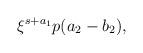
LaTeX: \begin{align*}\xi^{s+a_1}p(a_2-b_2),\end{align*}